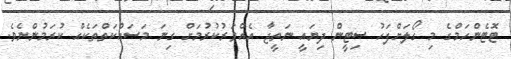
ޓޮޓެންހަމްގެ މި ގޯލަށްފަހު ސިޓީން ދިޔައީ ނަތީޖާ އެއްވަރުކުރުމަށް ގިނަ މަސައްކަތްތަކެއް ކުރަމުންނެވެ.